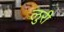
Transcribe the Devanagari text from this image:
लुरी